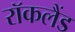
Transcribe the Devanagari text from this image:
रॉकलैंड